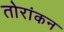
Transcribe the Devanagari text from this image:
तोरांकन